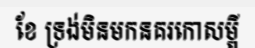
ខែ ទ្រង់មិនមកនគរកោសម្ពី